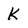
Character: K